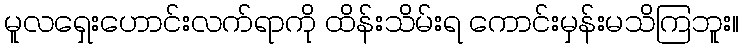
မူလရှေးဟောင်းလက်ရာကို ထိန်းသိမ်းရ ကောင်းမှန်းမသိကြဘူး။